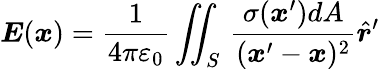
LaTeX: {\boldsymbol{E}}({\boldsymbol{x}})={\frac{1}{4\pi\varepsilon_{0}}}\iint_{S}\, {\frac{\sigma({\boldsymbol{x}}^{\prime})dA}{({\boldsymbol{x}}^{\prime}-{\boldsymbol{x}})^{2}}}{\hat{\boldsymbol{r}}}^{\prime}